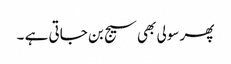
پھر سولی بھی سیج بن جاتی ہے ۔